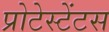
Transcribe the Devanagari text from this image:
प्रोटेस्टेंटस